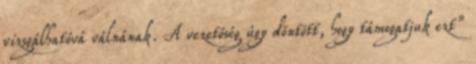
vizsgálhatóvá válnának. A vezetőség úgy döntött, hogy támogatjuk ezt”